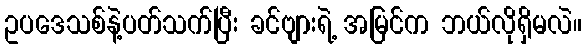
ဥပဒေသစ်နဲ့ပတ်သက်ပြီး ခင်ဗျားရဲ့ အမြင်က ဘယ်လိုရှိမလဲ။